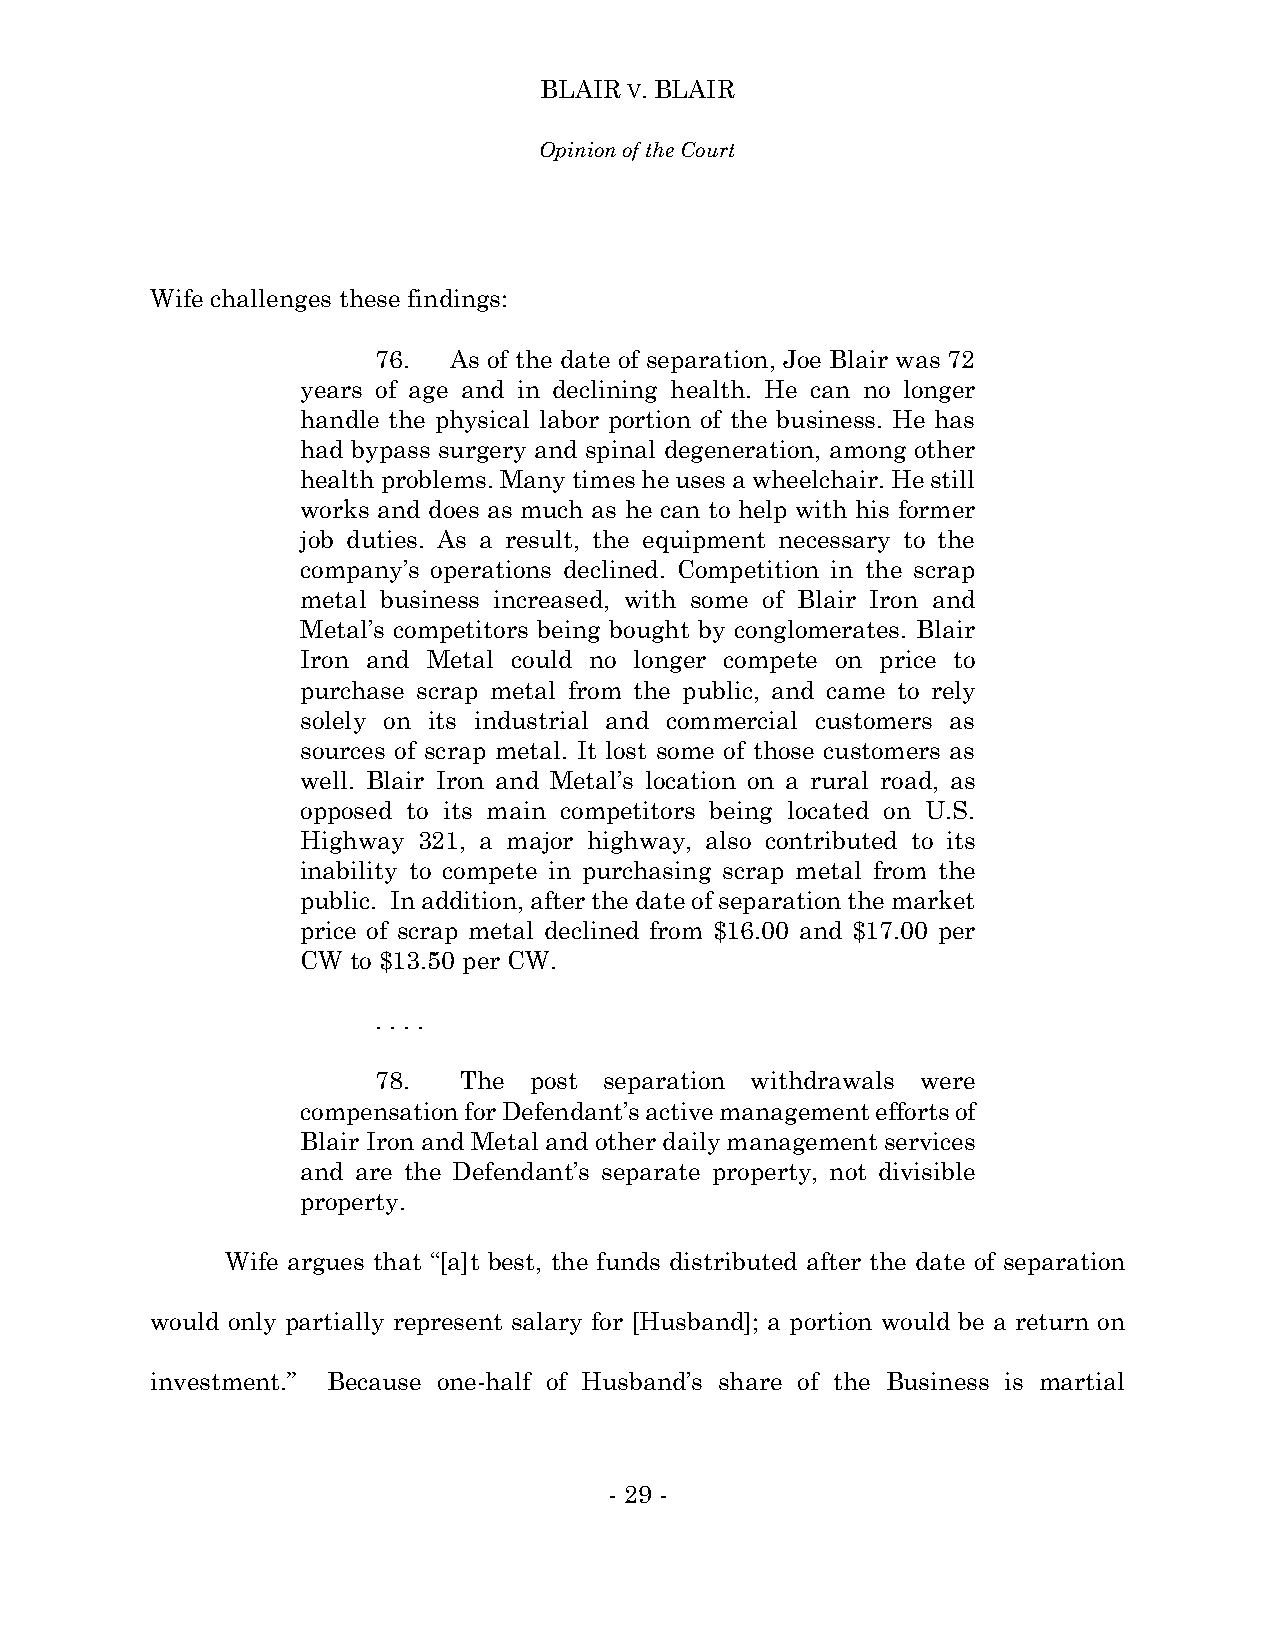
BLAIR V. BLAIR
 Opinion of the Court
 Wife challenges these findings:
 76.  As of the date of separation, Joe Blair was 72
 years of age and in declining health. He can no longer
 handle the physical labor portion of the business. He has
 had bypass surgery and spinal degeneration, among other
 health problems. Many times he uses a wheelchair. He still
 works and does as much as he can to help with his former
 job duties. As a result, the equipment necessary to the
 company’s operations declined. Competition in the scrap
 metal business increased, with some of Blair Iron and
 Metal’s competitors being bought by conglomerates. Blair
 Iron and Metal could no longer compete on price to
 purchase scrap metal from the public, and came to rely
 solely on its industrial and commercial customers as
 sources of scrap metal. It lost some of those customers as
 well. Blair Iron and Metal’s location on a rural road, as
 opposed to its main competitors being located on U.S.
 Highway 321, a major highway, also contributed to its
 inability to compete in purchasing scrap metal from the
 public. In addition, after the date of separation the market
 price of scrap metal declined from $16.00 and $17.00 per
 CW to $13.50 per CW.
 . . . .
 78.  The  post separation withdrawals were
 compensation for Defendant’s active management efforts of
 Blair Iron and Metal and other daily management services
 and are the Defendant’s separate property, not divisible
 property.
 Wife argues that “[a]t best, the funds distributed after the date of separation
 would only partially represent salary for [Husband]; a portion would be a return on
 investment.” Because one-half of Husband’s share of the Business is martial
 - 29 -